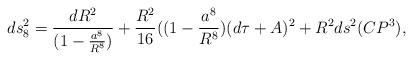
LaTeX: \begin{align*}ds^2_{8} = \frac{dR^2}{(1-\frac{a^8}{R^8})} + \frac{R^2}{16}((1-\frac{a^8}{R^8})(d\tau + A)^2 + R^2 ds^2(CP^3),\end{align*}